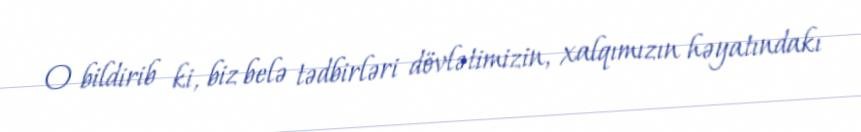
O bildirib ki, biz belə tədbirləri dövlətimizin, xalqımızın həyatındakı